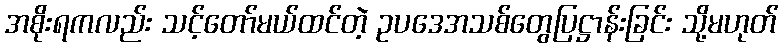
အစိုးရကလည်း သင့်တော်မယ်ထင်တဲ့ ဥပဒေအသစ်တွေပြဋ္ဌာန်းခြင်း သို့မဟုတ်